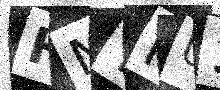
Text: HNTPU1